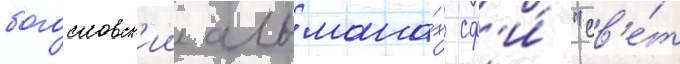
богословск'ии альмана́х сф'и́ "св'е́т